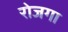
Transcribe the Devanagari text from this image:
रोजगा